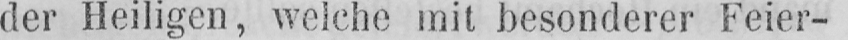
der Heiligen, welche mit besonderer Feier-